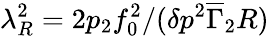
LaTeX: \lambda_{R}^{2}=2p_{2}f_{0}^{2}/(\delta p^{2}\overline{{\Gamma}}_{2}R)